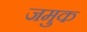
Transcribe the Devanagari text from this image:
जमुक